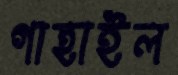
গাহাইল